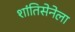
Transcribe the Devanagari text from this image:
शांतिसेनेला